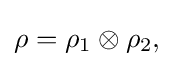
{\textstyle \rho =\rho _{1}\otimes \rho _{2},}